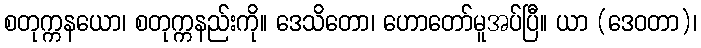
စတုက္ကနယော၊ စတုက္ကနည်းကို။ ဒေသိတော၊ ဟောတော်မူအပ်ပြီ။ ယာ (ဒေဝတာ)၊